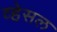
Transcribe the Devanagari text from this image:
व्हेसल